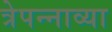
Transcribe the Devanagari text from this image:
त्रेपन्नाव्या